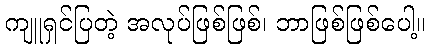
ကျူရှင်ပြတဲ့ အလုပ်ဖြစ်ဖြစ်၊ ဘာဖြစ်ဖြစ်ပေါ့။